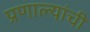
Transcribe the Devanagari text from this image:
प्रणाल्यांची